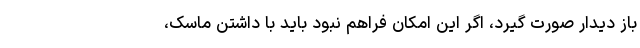
باز دیدار صورت گیرد، اگر این امکان فراهم نبود باید با داشتن ماسک،